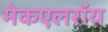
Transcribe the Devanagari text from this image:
मेकएलरॉय